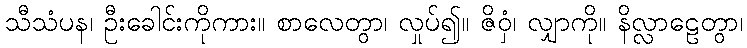
သီသံပန၊ ဦးခေါင်းကိုကား။ စာလေတွာ၊ လှုပ်၍။ ဇိဝှံ၊ လျှာကို။ နိလ္လာဠေတွာ၊